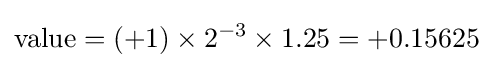
{\text{value}}=(+1)\times 2^{-3}\times 1.25=+0.15625